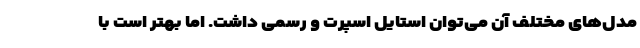
مدل‌های مختلف آن می‌توان استایل اسپرت و رسمی داشت. اما بهتر است با